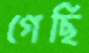
গেছি